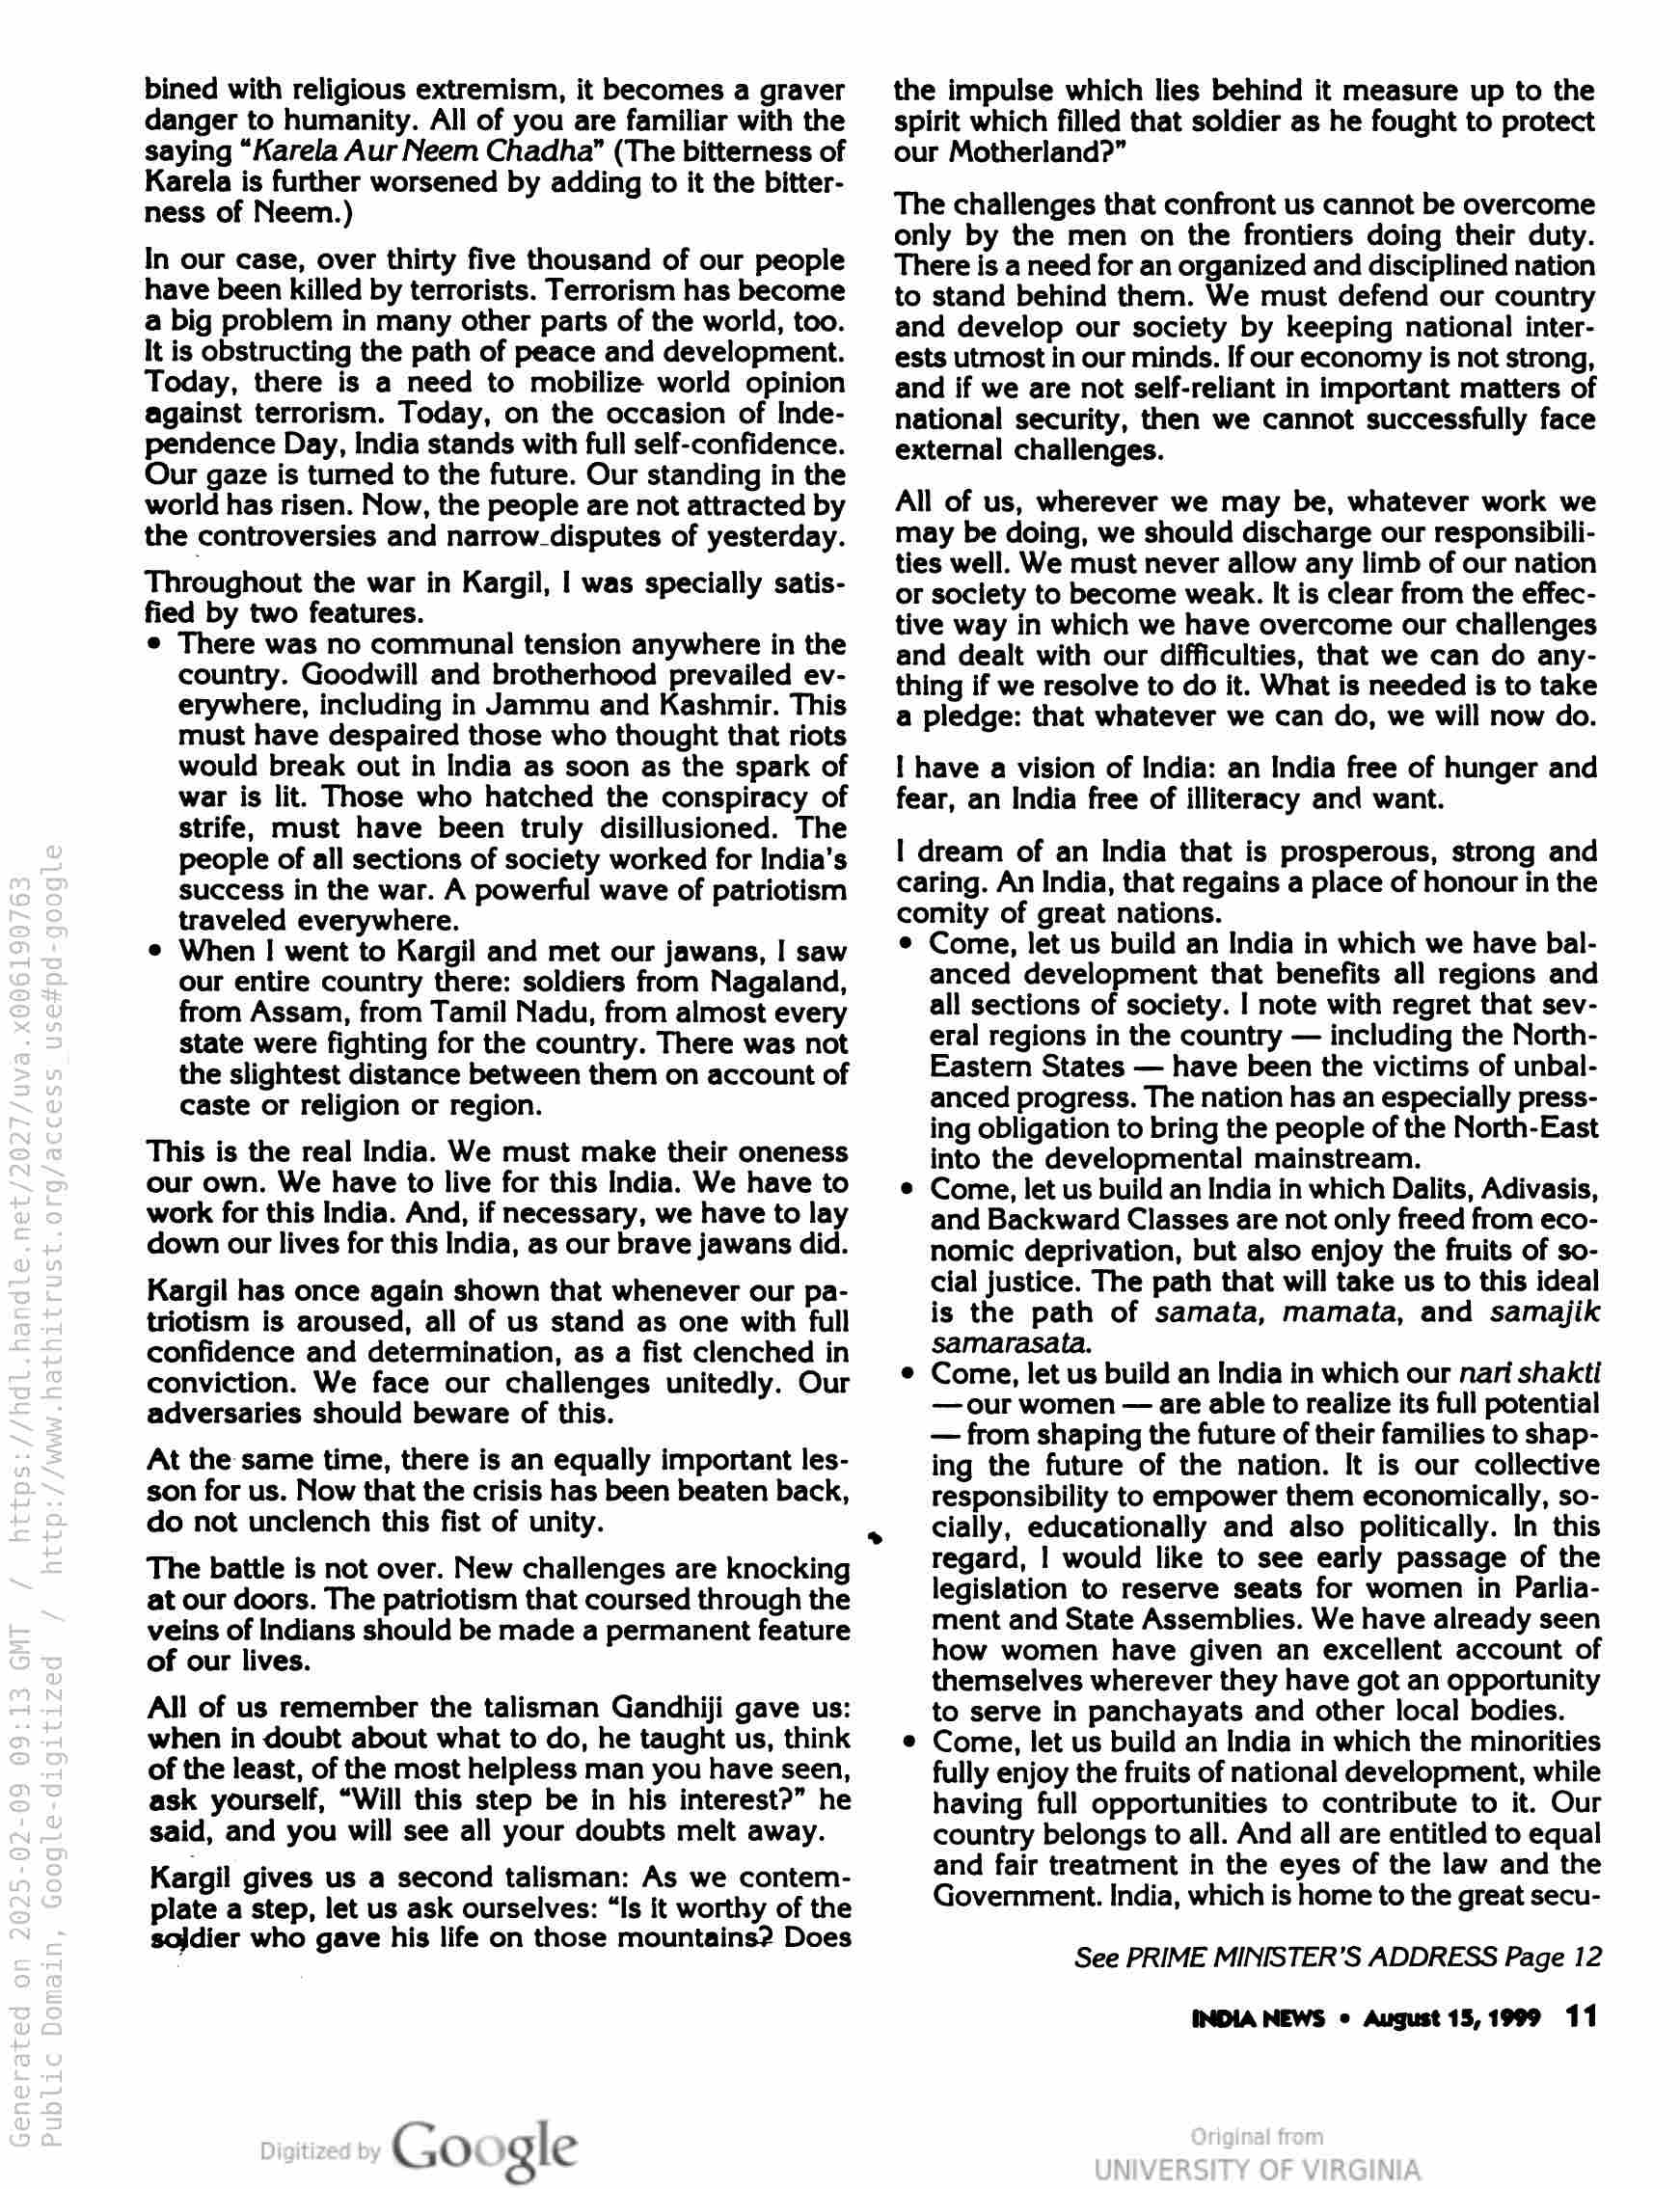
bined with religious extremism, it becomes a graver
danger to humanity. All of you are familiar with the
saying “Karela Aur Neem Chadha” (The bitterness of
Karela is further worsened by adding to it the bitter-
ness of Neem.)

In our case, over thirty five thousand of our people
have been killed by terrorists. Terrorism has become
a big problem in many other parts of the world, too.
It is obstructing the path of peace and development.
Today, there is a need to mobilize world opinion
against terrorism. Today, on the occasion of Inde-
pendence Day, India stands with full self-confidence.
Our gaze is turned to the future. Our standing in the
world has risen. Now, the people are not attracted by
the controversies and narrow_disputes of yesterday.

Throughout the war in Kargil, | was specially satis-

fea by two features.
© There was no communal tension anywhere in the
country. Goodwill and brotherhood prevailed ev-
erywhere, including in Jammu and Kashmir. This
must have despaired those who thought that riots
would break out in India as soon as the spark of
war is lit. Those who hatched the conspiracy of
strife, must have been truly disillusioned. The
people of all sections of society worked for India’s
success in the war. A powerful wave of patriotism
traveled everywhere.

e When | went to Kargil and met our jawans, I saw
our entire country there: soldiers from Nagaland,
from Assam, from Tamil Nadu, from almost every
state were fighting for the country. There was not
the slightest distance between them on account of
caste or religion or region.

This is the real India. We must make their oneness
our own. We have to live for this India. We have to
work for this India. And, if necessary, we have to lay
down our lives for this India, as our brave jawans did.

Kargil has once again shown that whenever our pa-
triotism is aroused, all of us stand as one with full
confidence and determination, as a fist clenched in
conviction. We face our challenges unitedly. Our
adversaries should beware of this.

At the same time, there is an equally important les-
son for us. Now that the crisis has been beaten back,
do not unclench this fist of unity.

The battle is not over. New challenges are knocking
at our doors. The patriotism that coursed through the
veins of Indians should be made a permanent feature
of our lives.

All of us remember the talisman Gandhiji gave us:
when in doubt about what to do, he taught us, think
of the least, of the most helpless man you have seen,
ask yourself, “Will this step be in his interest?” he
said, and you will see all your doubts melt away.

Kargil gives us a second talisman: As we contem-
plate a step, let us ask ourselves: “Is it worthy of the
sojdier who gave his life on those mountains? Does

Google

the impulse which lies behind it measure up to the
spirit which filled that soldier as he fought to protect
our Motherland?”

The challenges that confront us cannot be overcome
only by the men on the frontiers doing their duty.
There is a need for an organized and disciplined nation
to stand behind them. We must defend our country
and develop our society by keeping national inter-
ests utmost in our minds. If our economy is not strong,
and if we are not self-reliant in important matters of
national security, then we cannot successfully face
external challenges.

All of us, wherever we may be, whatever work we
may be doing, we should discharge our responsibili-
ties well. We must never allow any limb of our nation
or society to become weak. It is clear from the effec-
tive way in which we have overcome our challenges
and dealt with our difficulties, that we can do any-
thing if we resolve to do it. What is needed is to take
a pledge: that whatever we can do, we will now do.

I have a vision of India: an India free of hunger and
fear, an India free of illiteracy and want.

| dream of an India that is prosperous, strong and
caring. An India, that regains a place of honour in the
comity of great nations.
¢ Come, let us build an India in which we have bal-
anced development that benefits all regions and
all sections of society. | note with regret that sev-
eral regions in the country — including the North-
Eastern States — have been the victims of unbal-
anced progress. The nation has an especially press-
ing obligation to bring the people of the North-East
into the developmental mainstream.
© Come, let us build an India in which Dalits, Adivasis,
and Backward Classes are not only freed from eco-
nomic deprivation, but also enjoy the fruits of so-
cial justice. The path that will take us to this ideal
is the path of samata, mamata, and samajik
samarasata.
© Come, let us build an India in which our nari shakti
—our women — are able to realize its full potential
— from shaping the future of their families to shap-
ing the future of the nation. It is our collective
responsibility to empower them economically, so-
cially, educationally and also politically. In this
regard, | would like to see early passage of the
legislation to reserve seats for women in Parlia-
ment and State Assemblies. We have already seen
how women have given an excellent account of
themselves wherever they have got an opportunity
to serve in panchayats and other local bodies.
Come, let us build an India in which the minorities
fully enjoy the fruits of national development, while
having full opportunities to contribute to it. Our
country belongs to all. And all are entitled to equal
and fair treatment in the eyes of the law and the
Government. India, which is home to the great secu-

See PRIME MINISTER’S ADDRESS Page 12

INDIA NEWS © August 15,1999 11